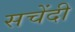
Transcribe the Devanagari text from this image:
सचेंदी